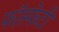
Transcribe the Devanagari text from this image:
फॉस्फेटी